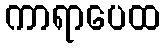
ကာရာပေထ